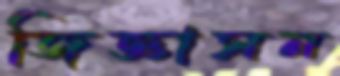
জিজ্ঞাসন